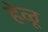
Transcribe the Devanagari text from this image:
हेळू